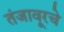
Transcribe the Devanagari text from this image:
तंजावूरचे